Scientific memoirs by medical officers of the Army of India - Part XII,
Year: 1901
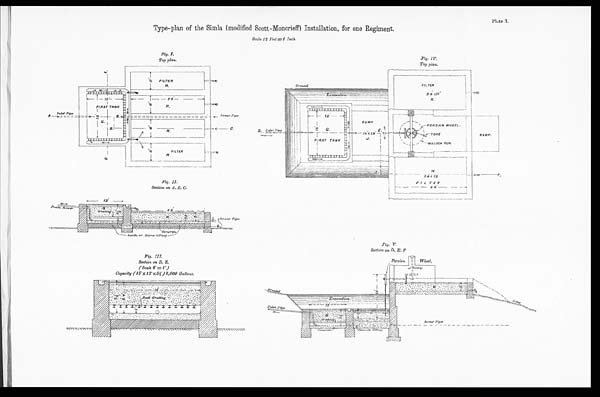
Fig. I.
Top plan.
Fig. IV.
Top plan.
Type-plan of the Simla (modified Scott-Moncrieff) Installation, for one Regiment.
Scale. 12 Feet = 1 Inch
Plate I.
Fig. II.
Section on A. B. C.
Fig.
V.
Section on D. E. F.
Fig. III.
Section on D. E.
(Scale 6' = 1")
Capacity (15' X 12' X 5⅓') 6,000 Gallons.